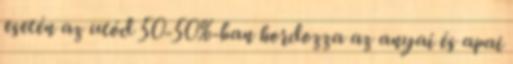
esetén az utód 50-50%-ban hordozza az anyai és apai